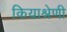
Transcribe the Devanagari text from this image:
कियाश्रेणी